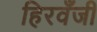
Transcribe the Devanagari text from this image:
हिरवँजी